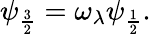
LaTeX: \psi_{\frac{3}{2}}=\omega_{\lambda}\psi_{\frac{1}{2}}.